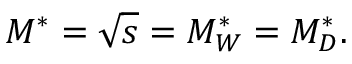
M ^ { * } = \sqrt { s } = M _ { W } ^ { * } = M _ { D } ^ { * } .